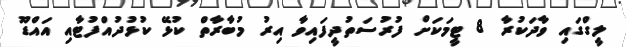
ލީގްގައި ވާދަކުރާ 8 ޓީމަކަށް ފުރުސަތުދީފައިވާ އިރު މުބާރާތް ކުޅޭ ކުޅުދުއްފުޓާއި އައްޑޫ